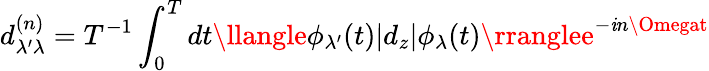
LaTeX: d_{\lambda^{\prime}\lambda}^{(n)}=T^{-1}\int_{0}^{T}dt\llangle\phi_{\lambda^{\prime}}(t)|d_{z}|\phi_{\lambda}(t)\rranglee^{-\mathit{i}n\Omegat}